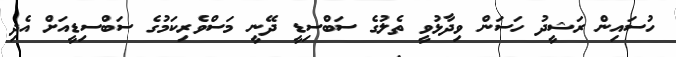
ހުސައިން ރަޝީދު ހަސަން ވިދާޅުވީ ތެލުގެ ސަބްސިޑީ ދޭނީ މަސްވެރިކަމުގެ ސަބްސިޑީއަށް އެދި